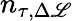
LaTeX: n_{\tau,\Delta\mathscr{L}}